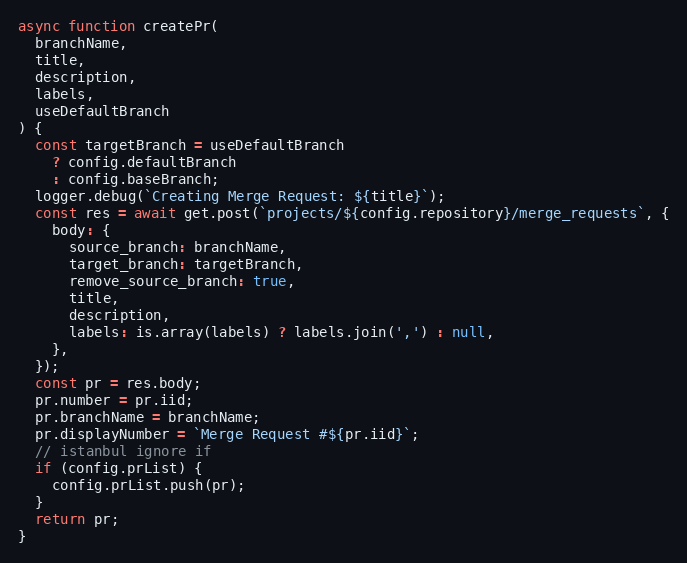
Language: JavaScript
async function createPr(
  branchName,
  title,
  description,
  labels,
  useDefaultBranch
) {
  const targetBranch = useDefaultBranch
    ? config.defaultBranch
    : config.baseBranch;
  logger.debug(`Creating Merge Request: ${title}`);
  const res = await get.post(`projects/${config.repository}/merge_requests`, {
    body: {
      source_branch: branchName,
      target_branch: targetBranch,
      remove_source_branch: true,
      title,
      description,
      labels: is.array(labels) ? labels.join(',') : null,
    },
  });
  const pr = res.body;
  pr.number = pr.iid;
  pr.branchName = branchName;
  pr.displayNumber = `Merge Request #${pr.iid}`;
  // istanbul ignore if
  if (config.prList) {
    config.prList.push(pr);
  }
  return pr;
}